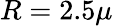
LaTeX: R=2.5\mu